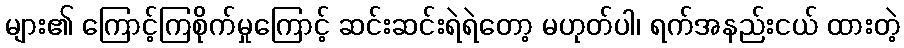
များ၏ ကြောင့်ကြစိုက်မှုကြောင့် ဆင်းဆင်းရဲရဲတော့ မဟုတ်ပါ၊ ရက်အနည်းငယ် ထားတဲ့